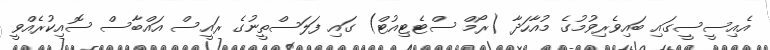
އެއިސީސީގައި ބައިވެރިވުމުގެ މުއާހަދާ (ރޯމް ސްޓެޓިއުޓް) ގައި ފަލަސްތީނުގެ ރައީސް އައްބާސް ސޮއިކުރެއްވީ